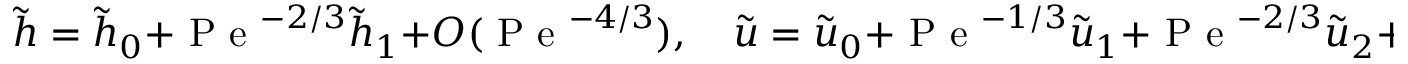
\tilde { h } = \tilde { h } _ { 0 } + \mathrm { ~ P ~ e ~ } ^ { - 2 / 3 } \tilde { h } _ { 1 } + O ( \mathrm { ~ P ~ e ~ } ^ { - 4 / 3 } ) , \quad \tilde { u } = \tilde { u } _ { 0 } + \mathrm { ~ P ~ e ~ } ^ { - 1 / 3 } \tilde { u } _ { 1 } + \mathrm { ~ P ~ e ~ } ^ { - 2 / 3 } \tilde { u } _ { 2 } + O ( \mathrm { ~ P ~ e ~ } ^ { - 1 } )